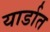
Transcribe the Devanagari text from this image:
यार्डात